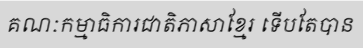
គណៈកម្មាធិការជាតិភាសាខ្មែរ ទើបតែបាន